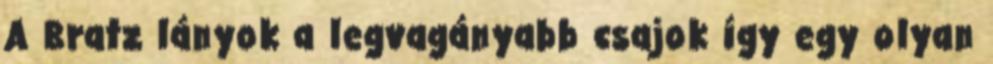
A Bratz lányok a legvagányabb csajok így egy olyan